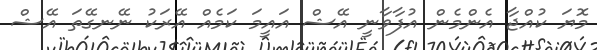
މޮޔަ ކުއްޖާ އެންމެން އުފާވާނީ އޭޝް އައީމަ ކަމެއް އޭރަކު ނޭނގޭތަ އޭޝް